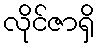
လိုင်ဇာရှိ